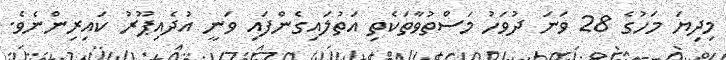
މިދިޔަ މަހުގެ 28 ވަނަ ދުވަހު މަސްތުވާތަކެތި އަތުލައިގެންފައި ވަނީ އުދެއިޕޫރު ކައިރިންނެވެ.